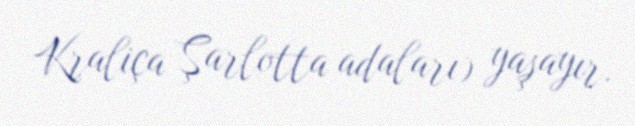
Kraliça Şarlotta adaları) yaşayır.